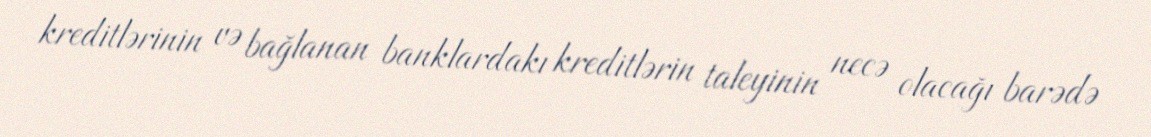
kreditlərinin və bağlanan banklardakı kreditlərin taleyinin necə olacağı barədə